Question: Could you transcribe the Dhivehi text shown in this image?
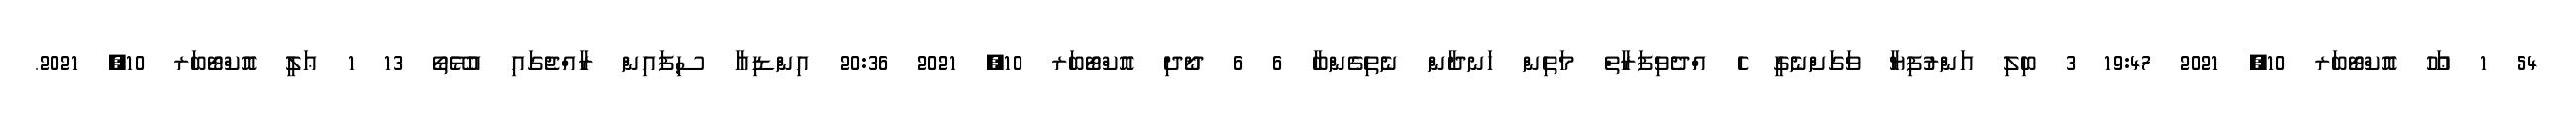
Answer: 54 1 ޢަހޫ އޮކްޓޯބަރ 10, 2021 19:47 3 ބިލި އަންރުފިޔާ ވަގަށްނެގީ ހެ އްދެވިފަރާތް މަތިން ހަނދާން ނެތިގެންބާ 6 6 ދޯދި އޮކްޓޯބަރ 10, 2021 20:36 އިންޑިއާ ސިފައިން ރާއްޖެގައި އުޅޭތޯ 13 1 ޢަލީ އޮކްޓޯބަރ 10, 2021.